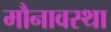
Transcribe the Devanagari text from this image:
मौनावस्था